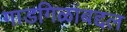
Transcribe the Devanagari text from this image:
गाडगिळांबद्दल